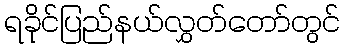
ရခိုင်ပြည်နယ်လွှတ်တော်တွင်